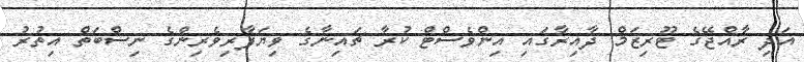
އަދި ރާއްޖޭގެ ޓޫރިޒަމް ދާއިރާގައި އިންވެސްޓް ކުރާ ޗައިނާގެ ވިޔަފާރިވެރިންގެ ނިސްބަތް އިތުރު